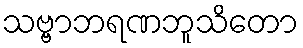
သဗ္ဗာဘရဏဘူသိတော